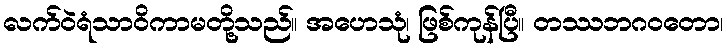
လက်ဝဲရံသာဝိကာမတို့သည်။ အဟေသုံ၊ ဖြစ်ကုန်ပြီ။ တဿဘဂဝတော၊